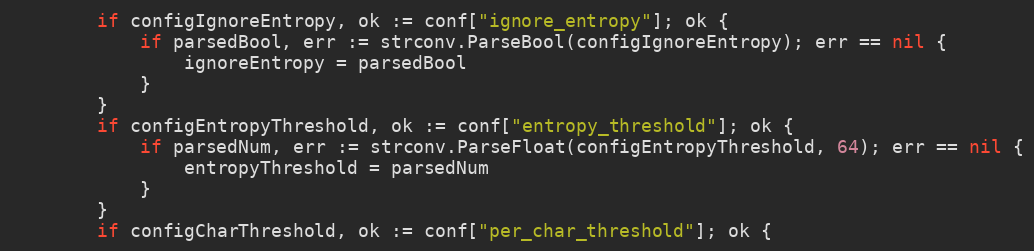
Language: Go
		if configIgnoreEntropy, ok := conf["ignore_entropy"]; ok {
			if parsedBool, err := strconv.ParseBool(configIgnoreEntropy); err == nil {
				ignoreEntropy = parsedBool
			}
		}
		if configEntropyThreshold, ok := conf["entropy_threshold"]; ok {
			if parsedNum, err := strconv.ParseFloat(configEntropyThreshold, 64); err == nil {
				entropyThreshold = parsedNum
			}
		}
		if configCharThreshold, ok := conf["per_char_threshold"]; ok {